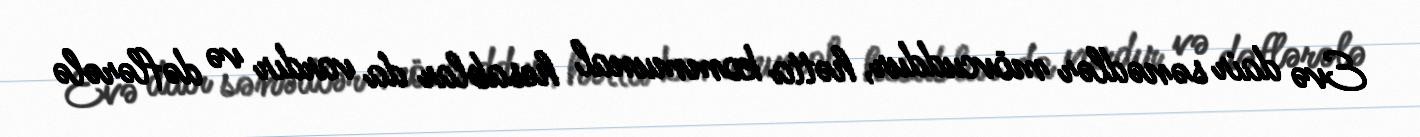
Evə dair sənədlər mövcuddur, hətta kommunal hesablar da vardır və dəflərələ